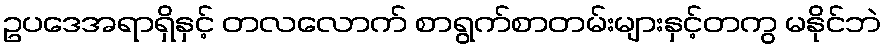
ဥပဒေအရာရှိနှင့် တလလောက် စာရွက်စာတမ်းများနှင့်တကွ မနိုင်ဘဲ